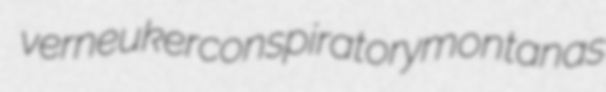
verneuker conspiratory montanas